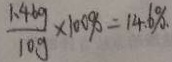
\frac { 1 \cdot 4 6 g } { 1 0 g } \times 1 0 0 \% = 1 4 \cdot 6 \%